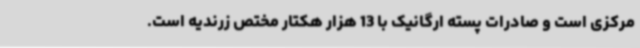
مرکزی است و صادرات پسته ارگانیک با 13 هزار هکتار مختص زرندیه است.